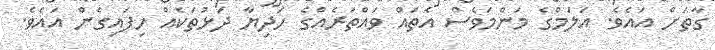
ގާތަށް އައެވެ. އަލަމްގެ މަންމަވެސް އެތައް ވައްތަރެއްގެ ހަދިޔާ ދަޅުތަކެއް ހިފައިގެން އައެވެ.